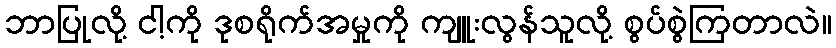
ဘာပြုလို့ ငါ့ကို ဒုစရိုက်အမှုကို ကျူးလွန်သူလို့ စွပ်စွဲကြတာလဲ။